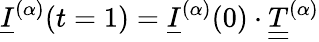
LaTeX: \underline{{I}}^{(\alpha)}(t=1)=\underline{{I}}^{(\alpha)}(0)\cdot\underline{{\underline{{T}}}}^{(\alpha)}